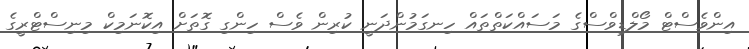
އިންވެސްޓް މޯލްޑިވްސްގެ މަސައްކަތްތައް ހިނގަމުންދަނީ ކުރިން ވެސް ހިންގި ގޮތަށް އިކޮނަމިކް މިނިސްޓްރީގެ